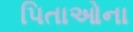
પિતાઓના